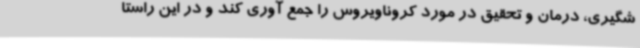
شگیری، درمان و تحقیق در مورد کروناویروس را جمع آوری کند و در این راستا